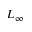
L _ { \infty }